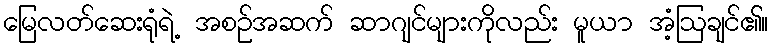
မြေလတ်ဆေးရုံရဲ့ အစဉ်အဆက် ဆာဂျင်များကိုလည်း မူယာ အံ့ဩချင်၏။